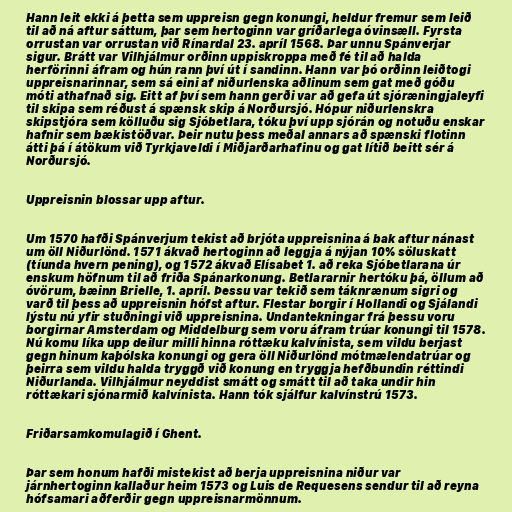
Hann leit ekki á þetta sem uppreisn gegn konungi, heldur fremur sem leið
til að ná aftur sáttum, þar sem hertoginn var gríðarlega óvinsæll. Fyrsta
orrustan var orrustan við Rínardal 23. apríl 1568. Þar unnu Spánverjar
sigur. Brátt var Vilhjálmur orðinn uppiskroppa með fé til að halda
herförinni áfram og hún rann því út í sandinn. Hann var þó orðinn leiðtogi
uppreisnarinnar, sem sá eini af niðurlenska aðlinum sem gat með góðu
móti athafnað sig. Eitt af því sem hann gerði var að gefa út sjóræningjaleyfi
til skipa sem réðust á spænsk skip á Norðursjó. Hópur niðurlenskra
skipstjóra sem kölluðu sig Sjóbetlara, tóku því upp sjórán og notuðu enskar
hafnir sem bækistöðvar. Þeir nutu þess meðal annars að spænski flotinn
átti þá í átökum við Tyrkjaveldi í Miðjarðarhafinu og gat lítið beitt sér á
Norðursjó.

Uppreisnin blossar upp aftur.

Um 1570 hafði Spánverjum tekist að brjóta uppreisnina á bak aftur nánast
um öll Niðurlönd. 1571 ákvað hertoginn að leggja á nýjan 10% söluskatt
(tíunda hvern pening), og 1572 ákvað Elísabet 1. að reka Sjóbetlarana úr
enskum höfnum til að friða Spánarkonung. Betlararnir hertóku þá, öllum að
óvörum, bæinn Brielle, 1. apríl. Þessu var tekið sem táknrænum sigri og
varð til þess að uppreisnin hófst aftur. Flestar borgir í Hollandi og Sjálandi
lýstu nú yfir stuðningi við uppreisnina. Undantekningar frá þessu voru
borgirnar Amsterdam og Middelburg sem voru áfram trúar konungi til 1578.
Nú komu líka upp deilur milli hinna róttæku kalvínista, sem vildu berjast
gegn hinum kaþólska konungi og gera öll Niðurlönd mótmælendatrúar og
þeirra sem vildu halda tryggð við konung en tryggja hefðbundin réttindi
Niðurlanda. Vilhjálmur neyddist smátt og smátt til að taka undir hin
róttækari sjónarmið kalvínista. Hann tók sjálfur kalvínstrú 1573.

Friðarsamkomulagið í Ghent.

Þar sem honum hafði mistekist að berja uppreisnina niður var
járnhertoginn kallaður heim 1573 og Luis de Requesens sendur til að reyna
hófsamari aðferðir gegn uppreisnarmönnum.